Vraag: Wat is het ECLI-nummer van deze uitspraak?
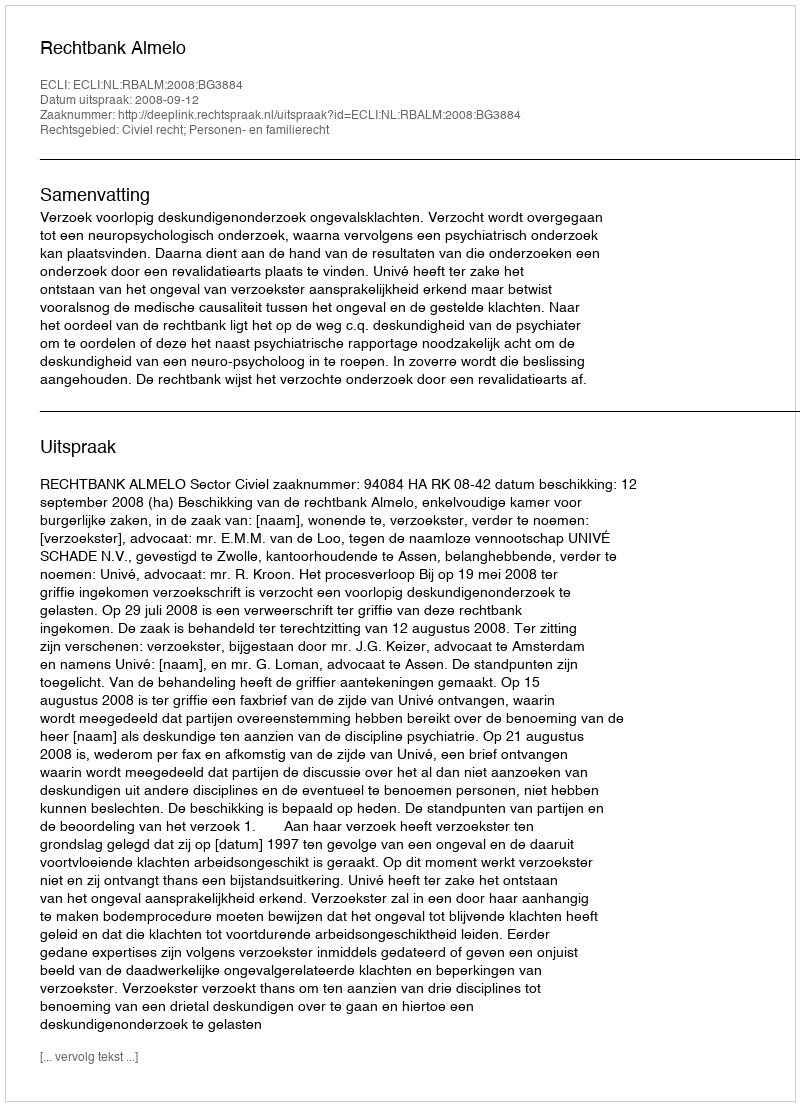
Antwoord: ECLI:NL:RBALM:2008:BG3884